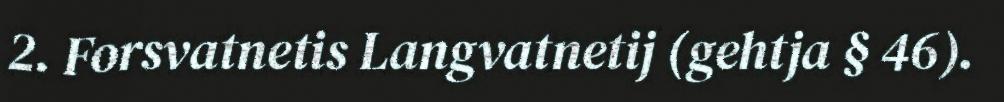
2. Forsvatnetis Langvatnetij (gehtja § 46).